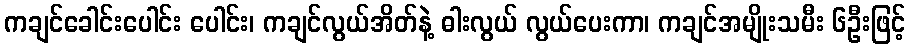
ကချင်ခေါင်းပေါင်း ပေါင်း၊ ကချင်လွယ်အိတ်နဲ့ ဓါးလွယ် လွယ်ပေးကာ၊ ကချင်အမျိုးသမီး ၆ဦးဖြင့်